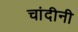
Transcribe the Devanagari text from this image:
चांदीनी